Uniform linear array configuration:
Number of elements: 32
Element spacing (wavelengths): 0.75
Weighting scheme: hann
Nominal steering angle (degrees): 15
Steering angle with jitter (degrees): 15.752
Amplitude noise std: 0.05
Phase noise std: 0.05

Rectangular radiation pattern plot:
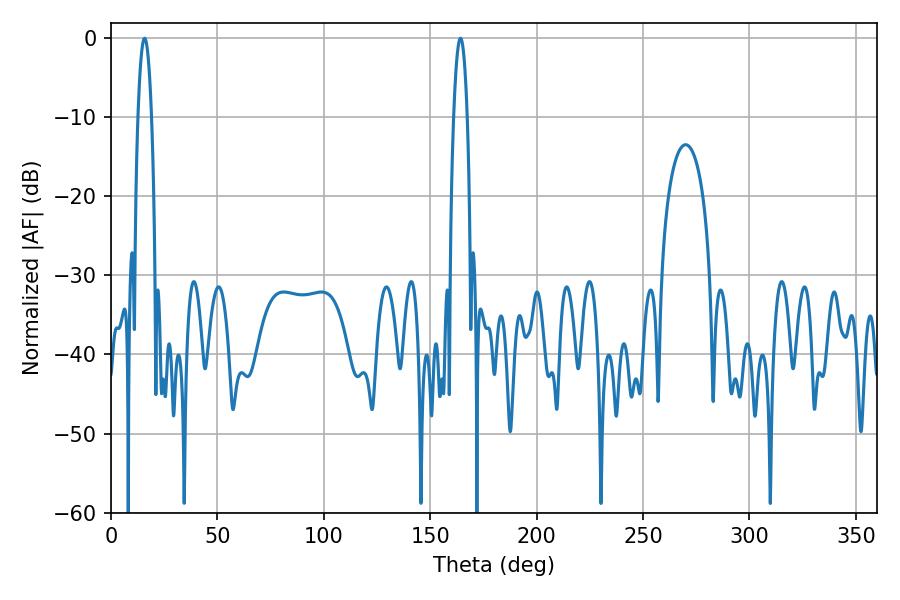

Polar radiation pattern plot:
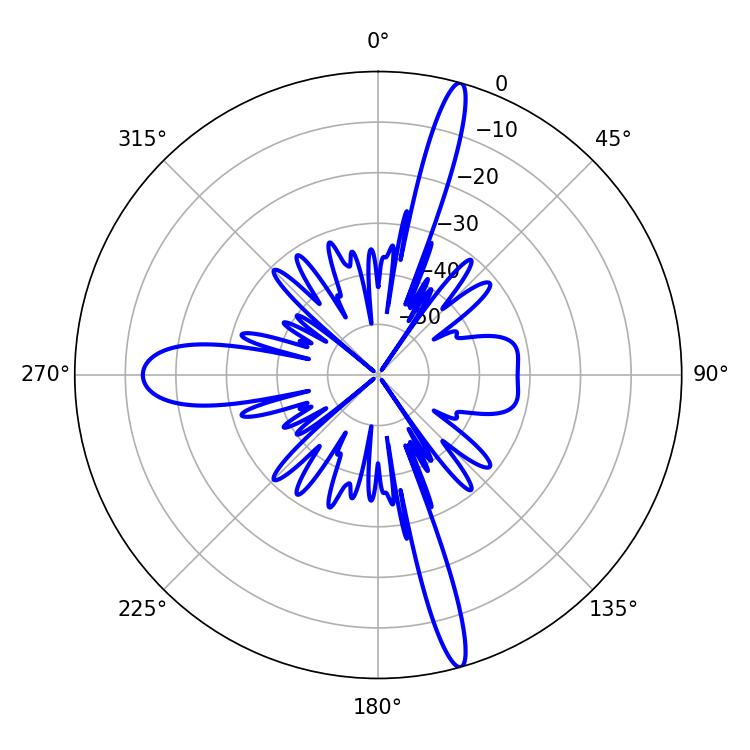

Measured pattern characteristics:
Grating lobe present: TRUE
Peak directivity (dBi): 18.616
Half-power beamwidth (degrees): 3.42
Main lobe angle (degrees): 164.16